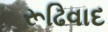
રૂઢિવાદ